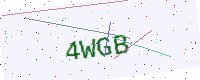
Text: 4WGB